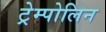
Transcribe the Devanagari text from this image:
ट्रेम्पोलिन